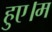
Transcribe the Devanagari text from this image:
हुए।म